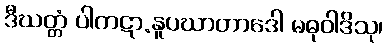
ဒီဃတ္တံ ပါကဋာ.နူပဃာတာဒေါ မဓုဝါဒိသု၊